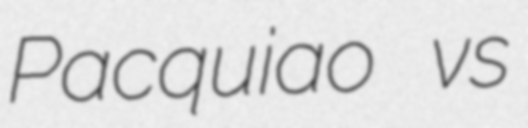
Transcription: Pacquiao vs